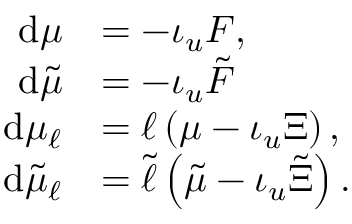
\begin{array} { r l } { \mathrm { d } \mu } & { = - \iota _ { u } F , } \\ { \mathrm { d } \tilde { \mu } } & { = - \iota _ { u } \tilde { F } } \\ { \mathrm { d } \mu _ { \ell } } & { = \ell \left( \mu - \iota _ { u } \Xi \right) , } \\ { \mathrm { d } \tilde { \mu } _ { \ell } } & { = \tilde { \ell } \left( \tilde { \mu } - \iota _ { u } \tilde { \Xi } \right) . } \end{array}